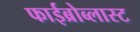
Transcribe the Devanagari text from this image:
फाईब्रोब्लास्ट